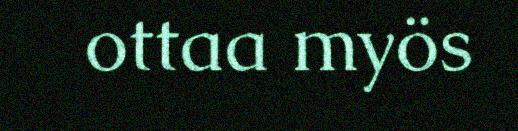
ottaa myös